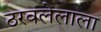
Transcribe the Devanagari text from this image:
ठरवलेलाला